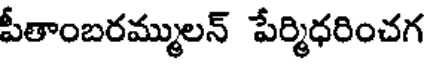
పీతాంబరమ్ములన్ పేర్మిధరించగ